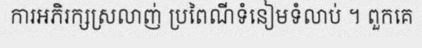
ការអភិរក្សស្រលាញ់ ប្រពៃណីទំនៀមទំលាប់ ។ ពួកគេ